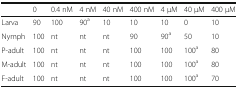
|  | 0 | 0.4 nM | 4 nM | 40 nM | 400 nM | 4 μM | 40 μM | 400 μM |
 | --- | --- | --- | --- | --- | --- | --- | --- | --- |
 | Larva | 90 | 100 | 90a | 10 | 10 | 10 | 0 | 10 |
 | Nymph | 100 | nt | nt | nt | 90 | 90a | 50 | 10 |
 | P-adult | 100 | nt | nt | nt | 100 | 100 | 100a | 80 |
 | M-adult | 100 | nt | nt | nt | 100 | 100 | 100a | 80 |
 | F-adult | 100 | nt | nt | nt | 100 | 100 | 100a | 70 |